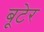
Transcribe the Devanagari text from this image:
बूटेर